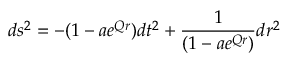
d s ^ { 2 } = - ( 1 - a e ^ { Q r } ) d t ^ { 2 } + \frac { 1 } { ( 1 - a e ^ { Q r } ) } d r ^ { 2 }